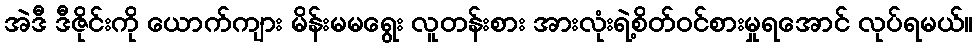
အဲဒီ ဒီဇိုင်းကို ယောက်ကျား မိန်းမမရွေး လူတန်းစား အားလုံးရဲ့စိတ်ဝင်စားမှုရအောင် လုပ်ရမယ်။